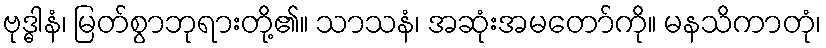
ဗုဒ္ဓါနံ၊ မြတ်စွာဘုရားတို့၏။ သာသနံ၊ အဆုံးအမတော်ကို။ မနသိကာတုံ၊